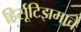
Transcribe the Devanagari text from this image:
हिर्सूटिझमाचे